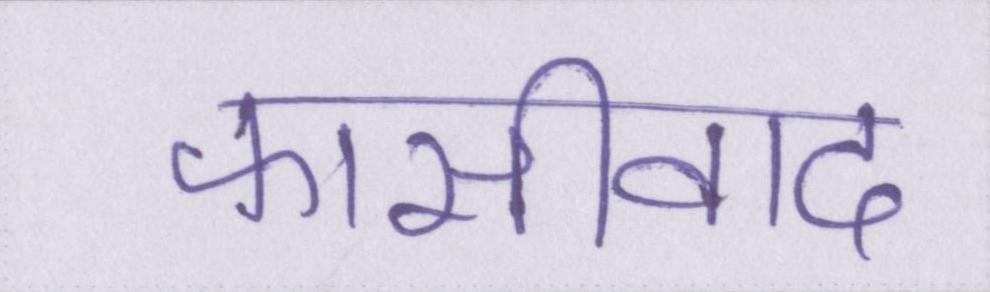
फासीवाद